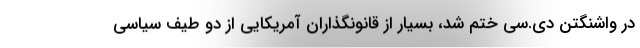
در واشنگتن دی.سی ختم شد، بسیار از قانونگذاران آمریکایی از دو طیف سیاسی